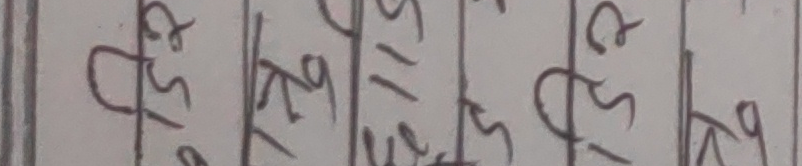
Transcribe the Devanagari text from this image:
$१५/६९
$७१/२६
$११/५१
$१५/६९
$१५/६९